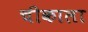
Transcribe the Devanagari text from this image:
चीकाला